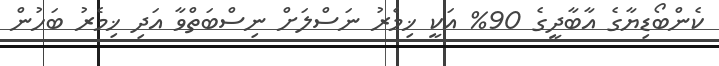
ކެންބޯޑިޔާގެ އާބާދީގެ 90% އަކީ ޚިމެރު ނަސްލަށް ނިސްބަތްވާ އަދި ޚިމެރު ބަހުން